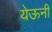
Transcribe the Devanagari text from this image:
येऊनी